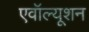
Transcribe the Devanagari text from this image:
एवॉल्यूशन